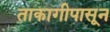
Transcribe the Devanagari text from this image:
ताकागीपासून